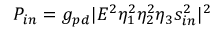
P _ { i n } = g _ { p d } | E ^ { 2 } \eta _ { 1 } ^ { 2 } \eta _ { 2 } ^ { 2 } \eta _ { 3 } s _ { i n } ^ { 2 } | ^ { 2 }